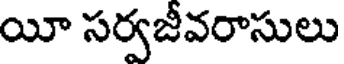
యీ సర్వజీవరాసులు